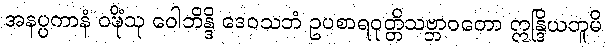
အနပ္ပကာနံ ဝဍ္ဎိံသု ဝေါဘိန္ဒိ ဒေဝသဘံ ဥပစာရဝုတ္တိသဗ္ဘာဝတော ဣန္ဒြိယဘူမိ